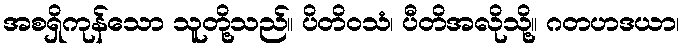
အစရှိကုန်သော သူတို့သည်။ ပိတိဝသံ၊ ပီတိအလိုသို့။ ဂတဟဒယာ၊